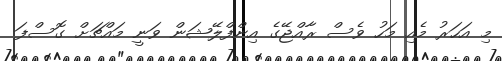
މި އަހަރު މެއި މަހު ވެސް ރާއްޖޭގެ އިންފްލޭޝަން ވަނީ މައްޗަށް ގޮސްފަ